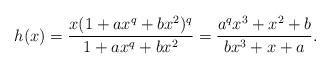
LaTeX: \begin{align*}h(x)=\frac{x(1+ax^q+bx^2)^q}{1+ax^q+bx^2}=\frac{a^qx^3+x^2+b}{bx^3+x+a}.\end{align*}